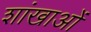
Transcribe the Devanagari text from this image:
शांखाओं